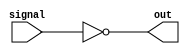
module invert(input signal, output out);
  assign out = ~signal;
endmodule